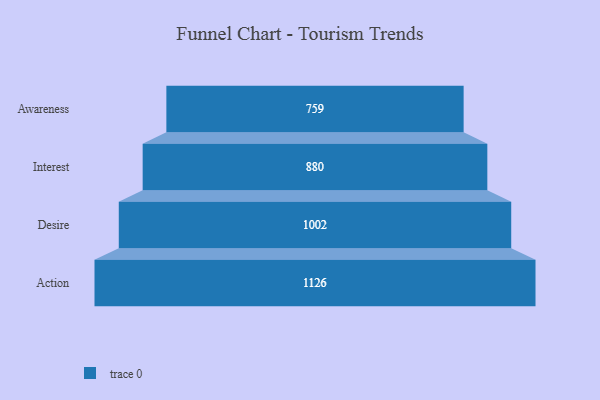
{"axis": {"x": "Stage", "y": "Value"}, "legend": [""], "data": [{"x": "Awareness", "y": 759.0, "type": ""}, {"x": "Interest", "y": 880.0, "type": ""}, {"x": "Desire", "y": 1002.0, "type": ""}, {"x": "Action", "y": 1126.0, "type": ""}]}